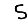
Digit: 5